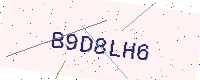
Text: B9D8LH6